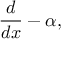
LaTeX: { \frac { d } { d x } } - \alpha ,